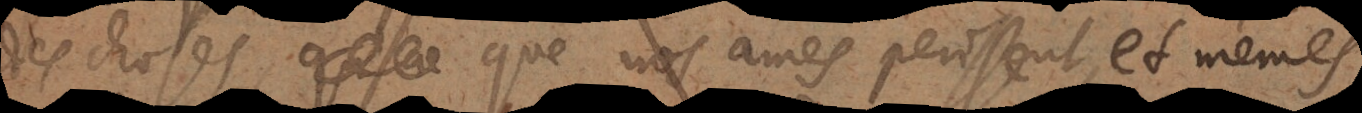
des choses, que nos ames perissent, et mêmes